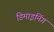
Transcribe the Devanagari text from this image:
डिमाइनिंग